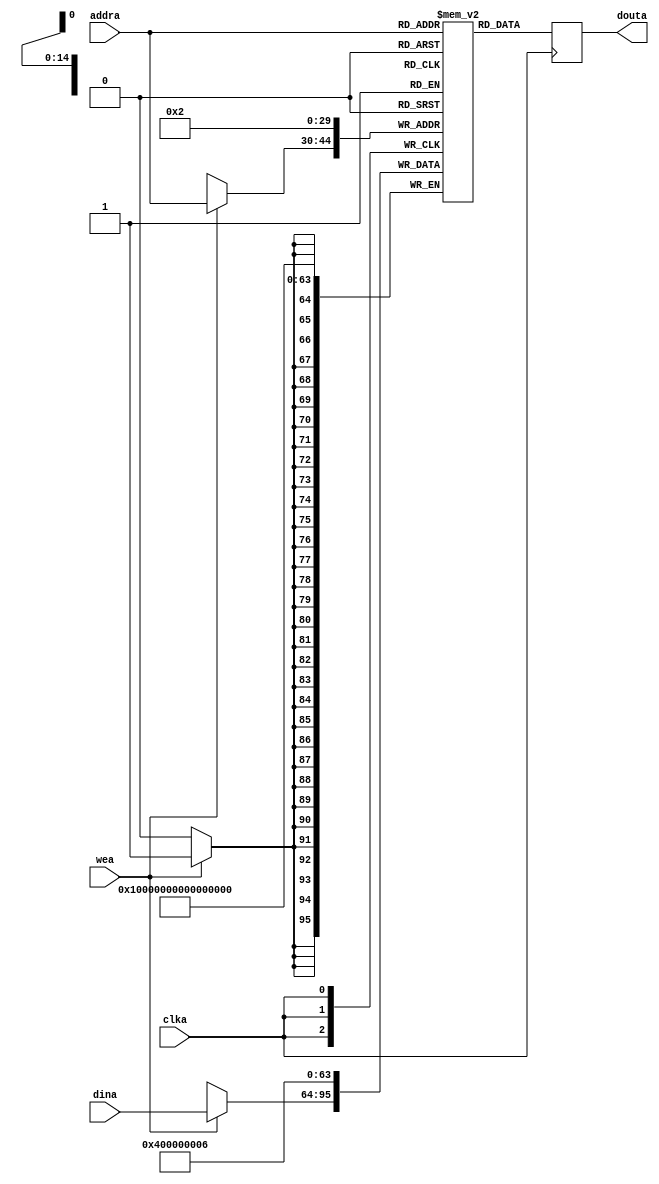
`timescale 1ns / 1ps
//////////////////////////////////////////////////////////////////////////////////
// Company: 
// Engineer: 
// 
// Design Name: 
// Module Name:    data_mem 
// Project Name: 
// Target Devices: 
// Tool versions: 
// Description: 
//
// Dependencies: 
//
// Revision: 
// Revision 0.01 - File Created
// Additional Comments: 
//
//////////////////////////////////////////////////////////////////////////////////

module data_mem #(
	parameter DATA 	= 32,
	parameter ADDR 	= 15
)(
	input 						clka,  
	input 						wea , 
	input 		[ADDR-1:0]	addra,
	input 		[DATA-1:0] 	dina,  
	output reg	[DATA-1:0] 	douta  	
);


reg [DATA-1:0] mem [0:2**ADDR-1];

always @(posedge clka) begin
	mem[2] <= 32'h00000006;
	mem[0] <= 32'h00000004;
	
	if (wea) begin
	mem[addra] <= dina;
	end
	
	douta <= mem[addra];
end

endmodule